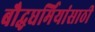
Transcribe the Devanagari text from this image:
बौद्धधर्मियांसाठी